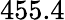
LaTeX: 455.4